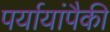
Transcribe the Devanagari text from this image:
पर्यायांपैकी